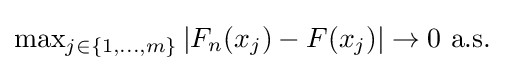
{\textstyle \max _{j\in \{1,\dots ,m\}}|F_{n}(x_{j})-F(x_{j})|\to 0{\text{ a.s.}}}